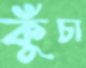
কুঁচা